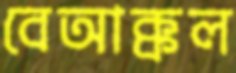
বেআক্কল